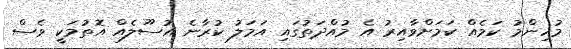
މުހިންމު ކަމެއް ކަމަށްވާއިރު އެ މުއްދަތުގައި އަމަލު ކުރާނެ އުސޫލެއް އޮތުމަކީ ވެސް